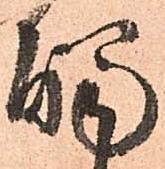
觸